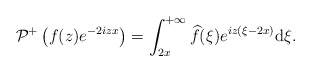
\begin{align*} & \mathcal{P}^+\left(f(z) e^{-2iz x}\right) =\int_{2x}^{+\infty} \widehat{f}(\xi)e^{iz(\xi-2x) }\mathrm{d}\xi.\end{align*}